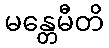
မန္တေမီတိ